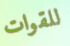
للقوات